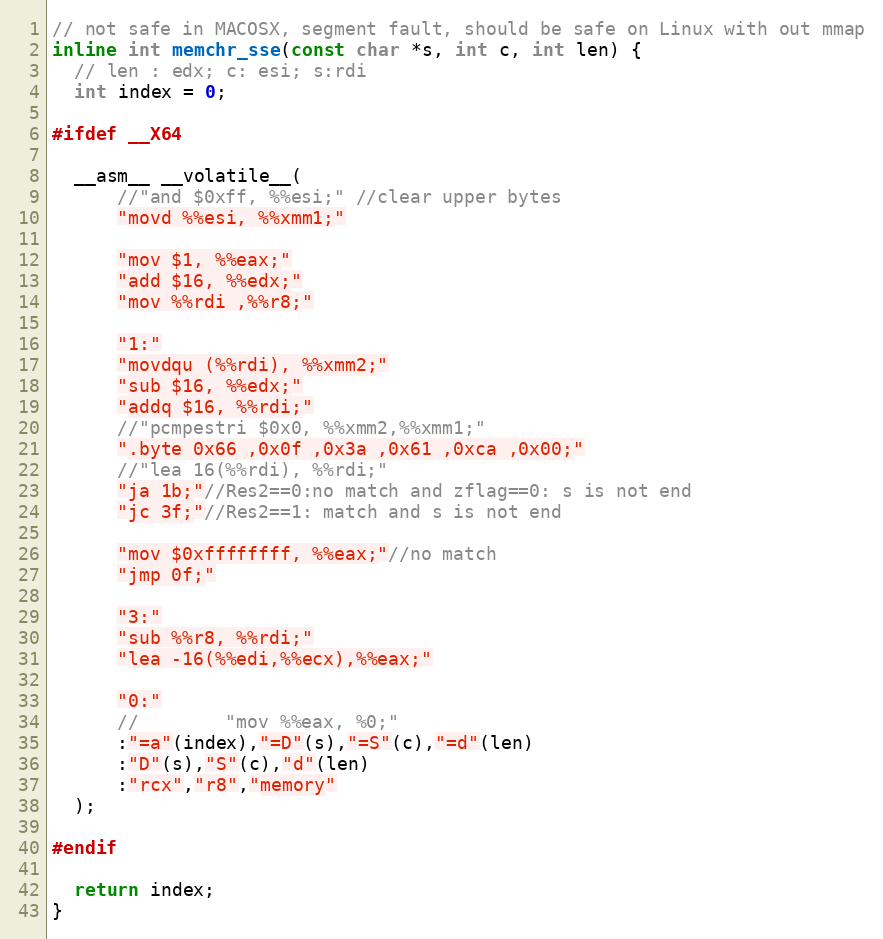
Language: C++
// not safe in MACOSX, segment fault, should be safe on Linux with out mmap
inline int memchr_sse(const char *s, int c, int len) {
  // len : edx; c: esi; s:rdi
  int index = 0;

#ifdef __X64

  __asm__ __volatile__(
      //"and $0xff, %%esi;" //clear upper bytes
      "movd %%esi, %%xmm1;"

      "mov $1, %%eax;"
      "add $16, %%edx;"
      "mov %%rdi ,%%r8;"

      "1:"
      "movdqu (%%rdi), %%xmm2;"
      "sub $16, %%edx;"
      "addq $16, %%rdi;"
      //"pcmpestri $0x0, %%xmm2,%%xmm1;"
      ".byte 0x66 ,0x0f ,0x3a ,0x61 ,0xca ,0x00;"
      //"lea 16(%%rdi), %%rdi;"
      "ja 1b;"//Res2==0:no match and zflag==0: s is not end
      "jc 3f;"//Res2==1: match and s is not end

      "mov $0xffffffff, %%eax;"//no match
      "jmp 0f;"

      "3:"
      "sub %%r8, %%rdi;"
      "lea -16(%%edi,%%ecx),%%eax;"

      "0:"
      //        "mov %%eax, %0;"
      :"=a"(index),"=D"(s),"=S"(c),"=d"(len)
      :"D"(s),"S"(c),"d"(len)
      :"rcx","r8","memory"
  );

#endif

  return index;
}